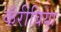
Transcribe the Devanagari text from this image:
कॅरीबिया